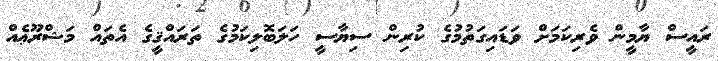
ރައީސް ޔާމީން ވެރިކަމަށް ވަޑައިގަތުމުގެ ކުރިން ސިޔާސީ ހަލަބޮލިކަމުގެ ތަރައްޤީގެ އެތައް މަޝްރޫޢެއް